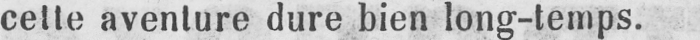
cette aventure dure bien long-temps.